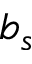
b _ { s }